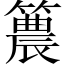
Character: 𥵛